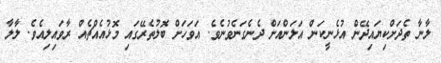
ލާނާ ތެދަށްކިޔައިދޭން އުޅެނީކަން އަލަންއަށް ދެނެގަނެވުނެވެ. އަވަހަށް ބޮލުތެރޭގައި މޮޅުއެއްޗެއް ރާވައިލިއެވެ. ލާލާ